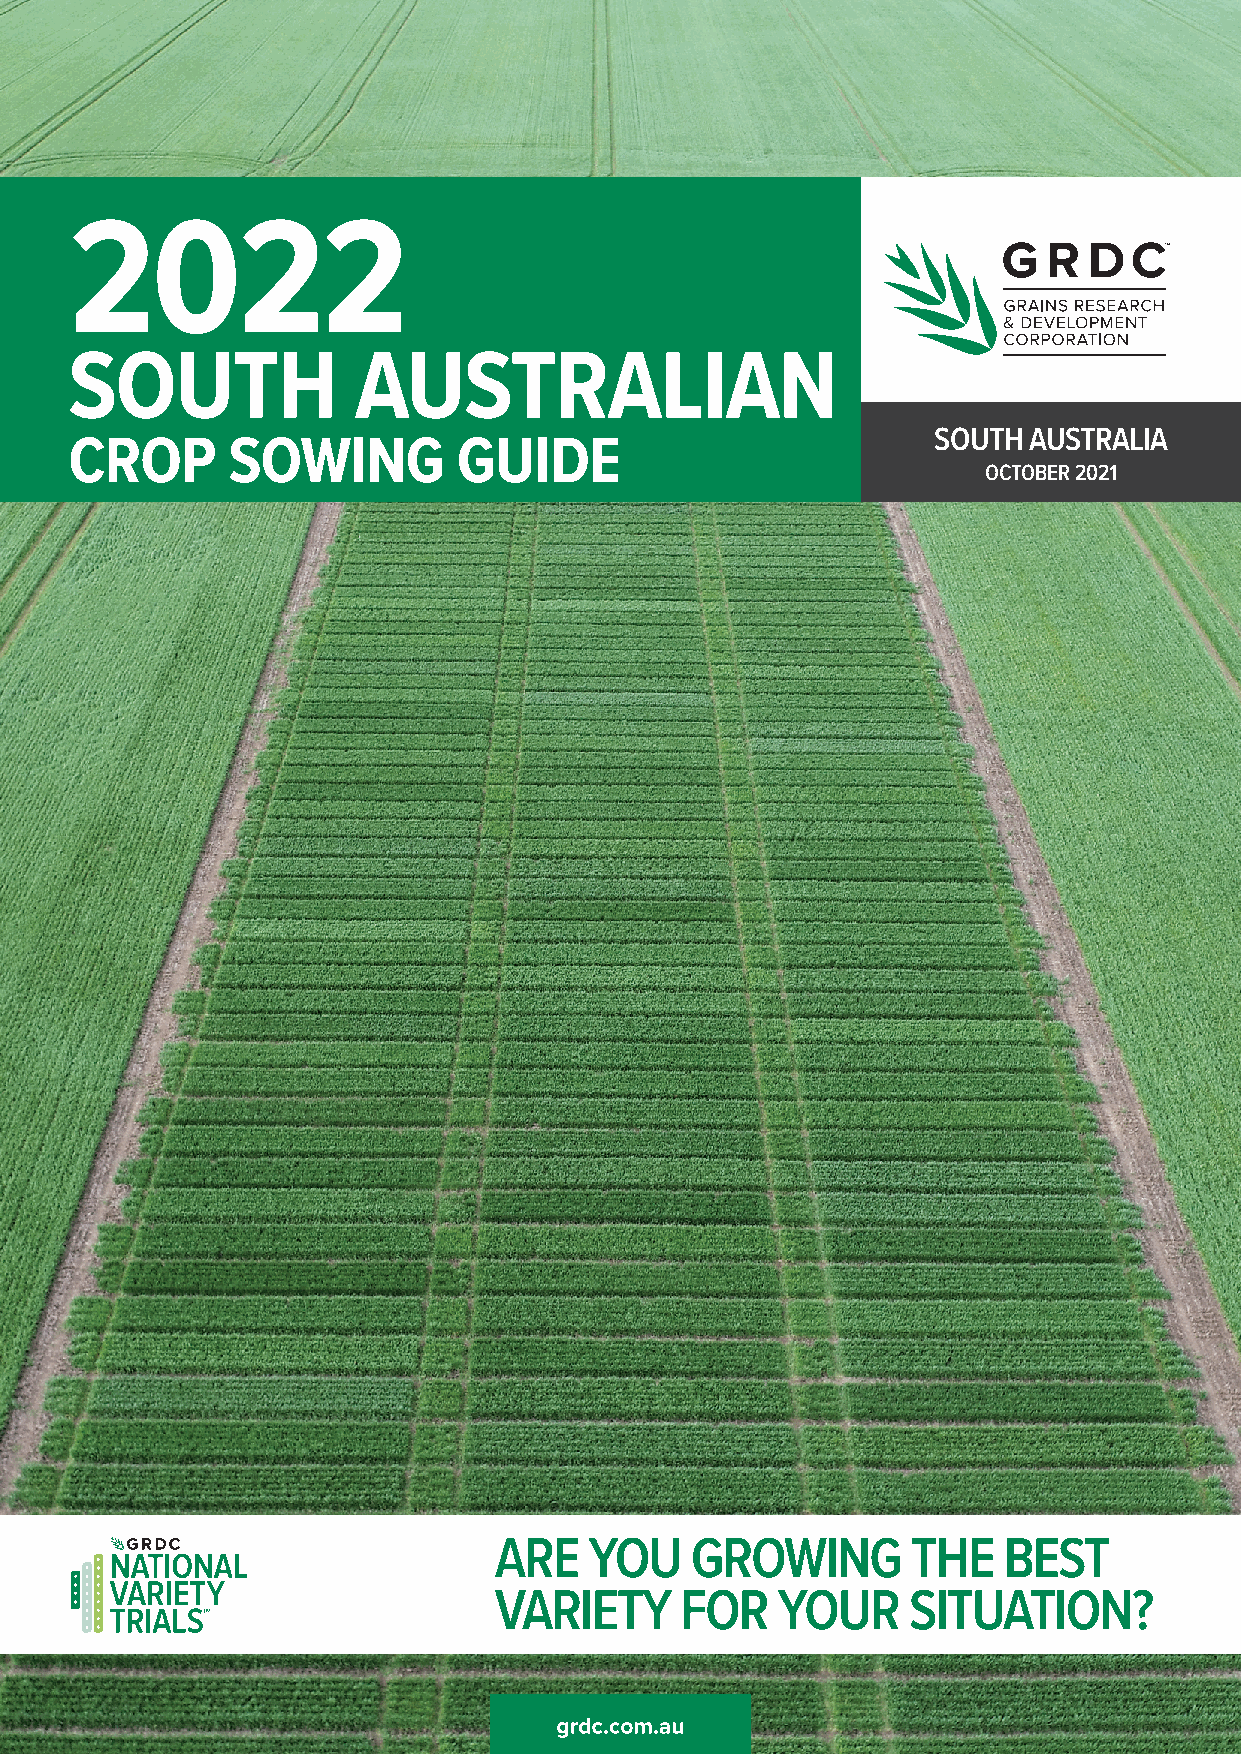
2022
 SOUTH             AUSTRALIAN
 SOUTH AUSTRALIA
 CROP      SOWING         GUIDE
 OCTOBER 2021
 ARE   YOU    GROWING       THE   BEST
 VARIETY     FOR   YOUR     SITUATION?